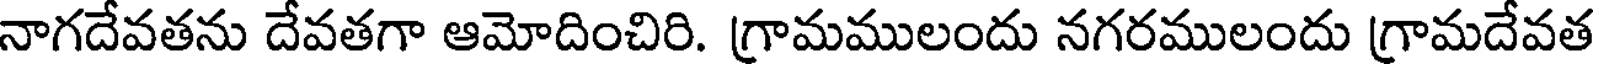
నాగదేవతను దేవతగా ఆమోదించిరి. గ్రామములందు నగరములందు గ్రామదేవత